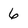
Character: 6